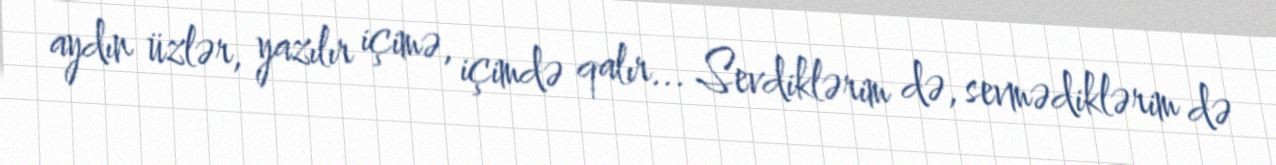
aydın üzlər, yazılır içimə, içimdə qalır... Sevdiklərim də, sevmədiklərim də